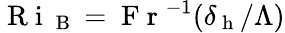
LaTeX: \mathrm{~R~i~}_{\mathrm{~B~}}=\mathrm{~F~r~}^{-1}(\delta_{\mathrm{~h~}}/\Lambda)